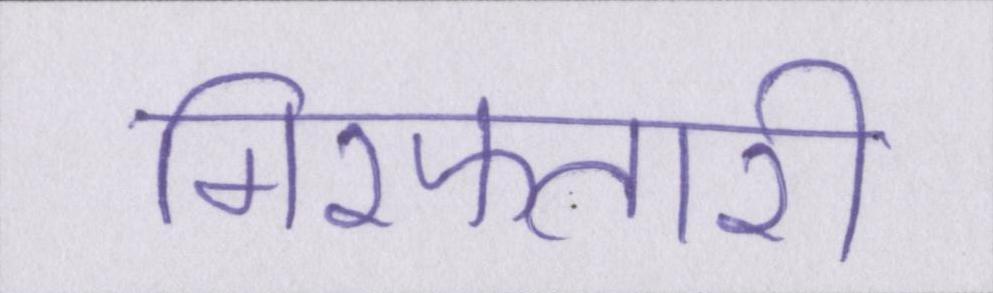
गिरफ्तारी